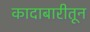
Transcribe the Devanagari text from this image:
कादाबारीतून